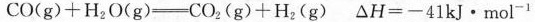
$$C O ( g ) + H _ { 2 } O ( g ) = C O _ { 2 } ( g ) + H _ { 2 } ( g )$$ $$△H = - 4 1 k J · m o l ^ { - 1 }$$